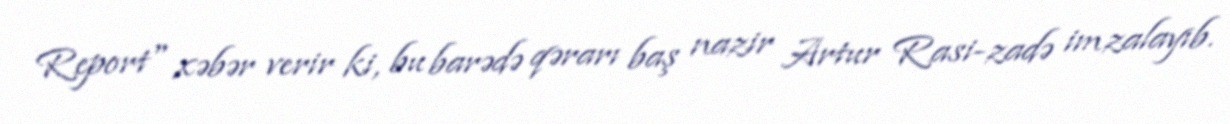
Report" xəbər verir ki, bu barədə qərarı baş nazir Artur Rasi-zadə imzalayıb.